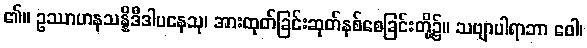
၏။ ဥဿာဟနသန္နိဒီဒါပနေသု၊ အားထုတ်ခြင်းဆုတ်နစ်စေခြင်းတို့၌။ သဗျာပါရာဘာ ဝေါ၊